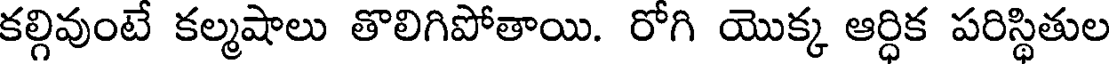
కల్గివుంటే కల్మషాలు తొలిగిపోతాయి. రోగి యొక్క ఆర్ధిక పరిస్థితుల